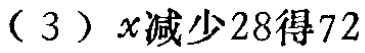
（3）\(x - 28 = 72\)